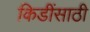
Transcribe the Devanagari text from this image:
किडींसाठी